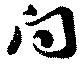
向